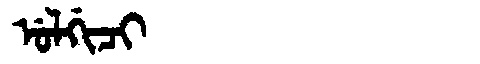
Manchu: ᡠᠯᡤᡳᠴᡳ
Romanization: ULGICI